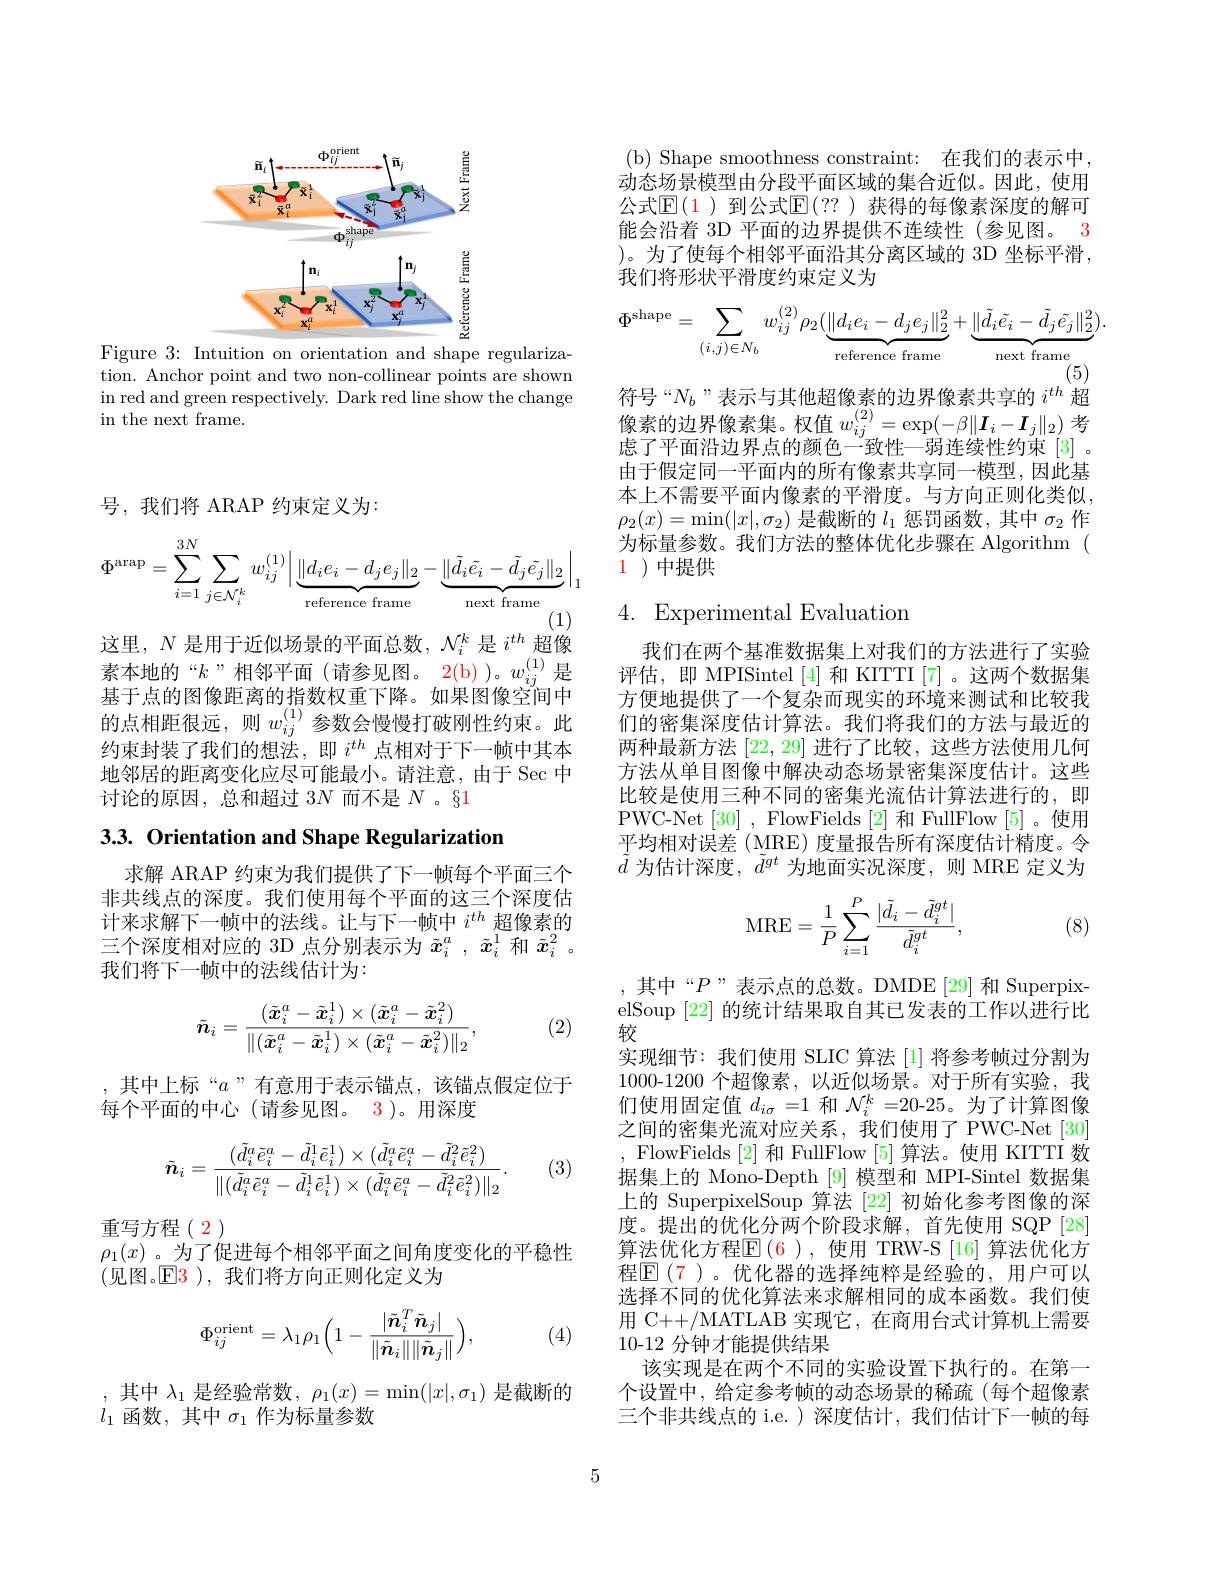
<FigureHere>

Figure 3: Intuition on orientation and shape regularization. Anchor point and two non-collinear points are shown in red and green respectively. Dark red line show the change in the next frame.

号，我们将 ARAP 约束定义为：
$$\Phi^{\mathrm{arap}}=\sum_{i=1}^{3N}\sum_{j\in\mathcal{N}_{i}^{k}}w_{ij}^{(1)}\Big|\underbrace{\|d_{i}e_{i}-d_{j}e_{j}\|_{2}}_{\text{reference frame}}-\underbrace{\|\tilde{d}_{i}\tilde{e}_{i}-\tilde{d}_{j}\tilde{e}_{j}\|_{2}}_{\text{next frame}}\Big|_{1}$$
这里，$N$是用于近似场景的平面总数，$\mathcal{N}_i^k$是$i^{th}$超像素本地的“$k$”相邻平面(请参见图。2(b))。$w_ij^{(1)}$是基于点的图像距离的指数权重下降。如果图像空间中的点相距很远，则$w_{ij}^{(1)}$参数会慢慢打破刚性约束。此约束封装了我们的想法，即$i^{th}$点相对于下一帧中其本地邻居的距离变化应尽可能最小。请注意，由于 Sec 中讨论的原因，总和超过 3N 而不是$N$ 。§1

3.3. Orientation and Shape Regularization

求解 ARAP 约束为我们提供了下一帧每个平面三个非共线点的深度。我们使用每个平面的这三个深度估计来求解下一帧中的法线。让与下一帧中$i^{th}$超像素的三个深度相对应的 3D 点分别表示为$\tilde{x}_i^a,\tilde{x}_i^1$和$\tilde{x}_i^2$。我们将下一帧中的法线估计为：
$$\tilde{\boldsymbol{n}}_{i}=\frac{(\tilde{\boldsymbol{x}}_{i}^{a}-\tilde{\boldsymbol{x}}_{i}^{1})\times(\tilde{\boldsymbol{x}}_{i}^{a}-\tilde{\boldsymbol{x}}_{i}^{2})}{\|(\tilde{\boldsymbol{x}}_{i}^{a}-\tilde{\boldsymbol{x}}_{i}^{1})\times(\tilde{\boldsymbol{x}}_{i}^{a}-\tilde{\boldsymbol{x}}_{i}^{2})\|_{2}},$$
(2)

,其中上标“$a$”有意用于表示锚点，该锚点假定位于
每个平面的中心(请参见图。3)。用深度
$$\tilde{\boldsymbol{n}}_i=\frac{(\tilde{d}_i^a\tilde{e}_i^a-\tilde{d}_i^1\tilde{e}_i^1)\times(\tilde{d}_i^a\tilde{e}_i^a-\tilde{d}_i^2\tilde{e}_i^2)}{\|(\tilde{d}_i^a\tilde{e}_i^a-\tilde{d}_i^1\tilde{e}_i^1)\times(\tilde{d}_i^a\tilde{e}_i^a-\tilde{d}_i^2\tilde{e}_i^2)\|_2}.$$
(3)

重写方程(2)
$\rho_1(x)$ 。为了促进每个相邻平面之间角度变化的平稳性
(见图。$\mathbb{E}\color{red}3$ ),我们将方向正则化定义为
$$\Phi_{ij}^{\mathrm{orient}}=\lambda_{1}\rho_{1}\Big(1-\frac{|\tilde{\boldsymbol{n}}_{i}^{T}\tilde{\boldsymbol{n}}_{j}|}{\|\tilde{\boldsymbol{n}}_{i}\|\|\tilde{\boldsymbol{n}}_{j}\|}\Big),$$
(4)

其中$\lambda_1$是经验常数，$\rho_1(x)=\min(|x|,\sigma_1)$是截断的
$l_1$函数，其中$\sigma_1$作为标量参数

( b) Shape smoothness constraint: 在我们的表示中， 动态场景模型由分段平面区域的集合近似。因此，使用公式$\mathbb{E}(\color{red}{1}$)到公式$\mathbb{E}(??$ )获得的每像素深度的解可能会沿着 3D 平面的边界提供不连续性(参见图。3 )。为了使每个相邻平面沿其分离区域的 3D 坐标平滑， 我们将形状平滑度约束定义为
$$\Phi^{\mathrm{shape}}=\sum_{(i,j)\in N_{b}}w_{ij}^{(2)}\rho_{2}(\underbrace{\|d_{i}e_{i}-d_{j}e_{j}\|_{2}^{2}}_{\mathrm{reference~frame}}+\underbrace{\|\tilde{d}_{i}\tilde{e}_{i}-\tilde{d}_{j}\tilde{e}_{j}\|_{2}^{2}}_{\mathrm{next~frame}}).$$
符号“$N_b$”表示与其他超像素的边界像素共享的$i^{th}$超像素的边界像素集。权值$w_{ij}^{(2)}=\exp(-\beta\|\boldsymbol{I}_i-\boldsymbol{I}_j\|_2)$孝虑了平面沿边界点的颜色一致性一弱连续性约束[3]。由于假定同一平面内的所有像素共享同一模型，因此基本上不需要平面内像素的平滑度。与方向正则化类似， $\rho_{2}(x)=\operatorname*{min}(|x|,\sigma_{2})$是截断的$l_1$惩罚函数，其中$\sigma_2$作为标量参数。我们方法的整体优化步骤在 Algorithm ( 1 )中提供

## 4. Experimental Evaluation

我们在两个基准数据集上对我们的方法进行了实验评估，即 MPISintel [4]和 KITTI [7]。这两个数据集方便地提供了一个复杂而现实的环境来测试和比较我们的密集深度估计算法。我们将我们的方法与最近的两种最新方法[22,29]进行了比较，这些方法使用几何方法从单目图像中解决动态场景密集深度估计。这些比较是使用三种不同的密集光流估计算法进行的，即PWC-Net[30] , FlowFields [2] 和 FullFlow [5]。使用平均相对误差 (MRE) 度量报告所有深度估计精度。令$\tilde{d}$为估计深度，$\tilde{d}^gt$为地面实况深度，则 MRE 定义为
$$\mathrm{MRE}=\frac{1}{P}\sum_{i=1}^{P}\frac{|\tilde{d}_{i}-\tilde{d}_{i}^{gt}|}{\tilde{d}_{i}^{gt}},$$
(8)

,其中“$P$”表示点的总数。DMDE[29]和 SuperpixelSoup [22]的统计结果取自其已发表的工作以进行比较
实现细节：我们使用 SLIC 算法 [1] 将参考帧过分割为1000-1200 个超像素，以近似场景。对于所有实验，我们使用固定值$d_{i\sigma}=1$和$\mathcal{N}_i^k=20$-25。为了计算图像之间的密集光流对应关系，我们使用了 PWC-Net[30] , FlowFields [2]和 FullFlow [5] 算法。使用 KITTI 数据集上的 Mono-Depth [9] 模型和 MPI-Sintel 数据集上的 SuperpixelSoup 算法 [22] 初始化参考图像的深度。提出的优化分两个阶段求解，首先使用 SQP[28] 算法优化方程$\mathbb{E}(6)$,使用 TRW-S[16]算法优化方程$\mathbb{E}(7$ )。优化器的选择纯粹是经验的，用户可以选择不同的优化算法来求解相同的成本函数。我们使用 C++/MATLAB 实现它，在商用台式计算机上需要10-12 分钟才能提供结果
该实现是在两个不同的实验设置下执行的。在第一个设置中，给定参考帧的动态场景的稀疏(每个超像素三个非共线点的 i.e.) 深度估计，我们估计下一帧的每

5